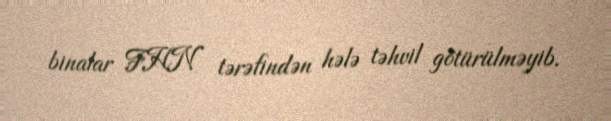
binalar FHN tərəfindən hələ təhvil götürülməyib.